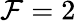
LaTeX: \mathcal{F}=2